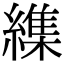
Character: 䌖